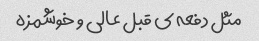
مثل دفعه ی قبل عالی و خوشمزه